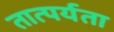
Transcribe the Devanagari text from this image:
तात्पर्यता